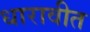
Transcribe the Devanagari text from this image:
धारावीत